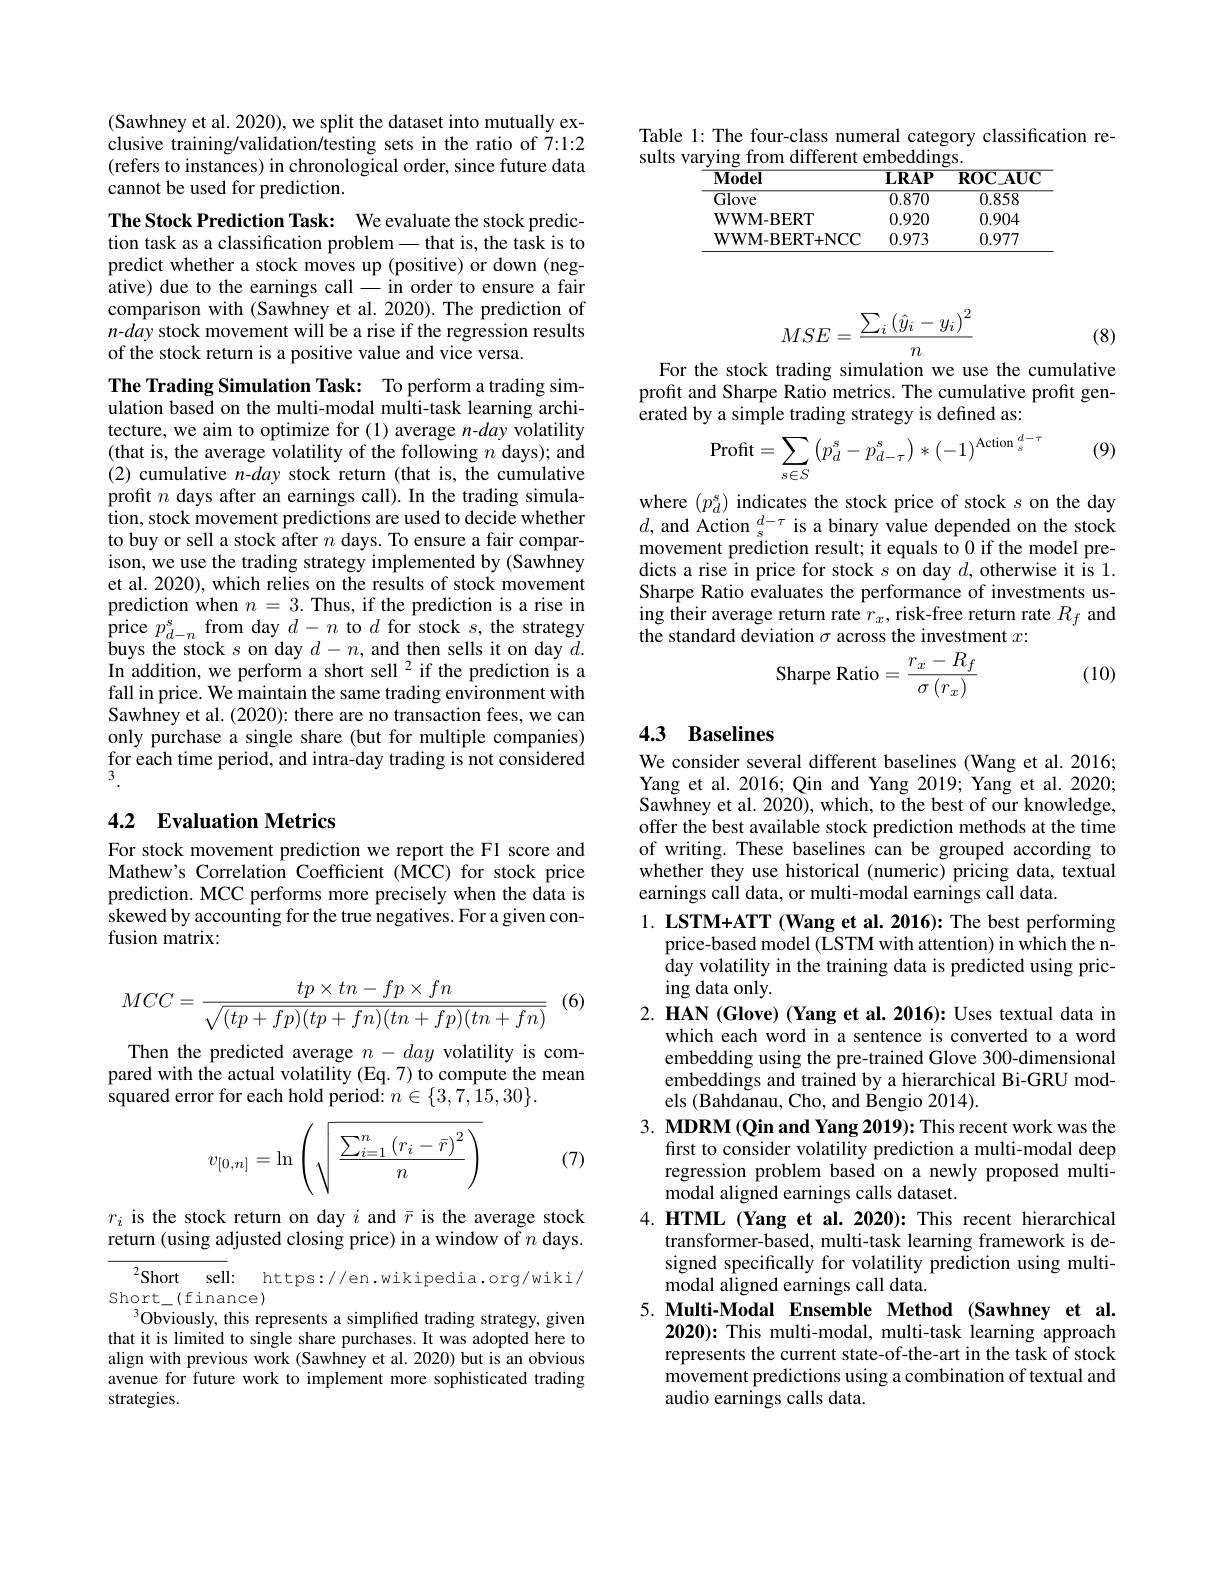
Table 1: The four-class numeral category classification re-
sults varying from different embeddings

<table>
	<tbody>
		<tr>
			<th>$\mathbf{Model}$</th>
			<th>$\mathbf{LRAP}$</th>
			<th>$\mathbf{ROC}_{\mathbf{AUC}}$</th>
		</tr>
		<tr>
			<td>$\overline{\mathrm{Glove}}$</td>
			<td>0.870</td>
			<td>0.858</td>
		</tr>
		<tr>
			<td>wwM-BERT</td>
			<td>0.920</td>
			<td>0.904</td>
		</tr>
		<tr>
			<td>$\mathbf{WWM-BERT+NCC}$</td>
			<td>0.973</td>
			<td>0.977</td>
		</tr>
	</tbody>
</table>

(Sawhney et al. 2020), we split the dataset into mutually exclusive training/validation/testing sets in the ratio of 7:1:2 (refers to instances) in chronological order, since future data cannot be used for prediction.

The Stock Prediction Task: We evaluate the stock prediction task as a classification problem\_that is, the task is to predict whether a stock moves up (positive) or down (negative) due to the earnings call-in order to ensure a fair comparison with (Sawhney et al. 2020). The prediction of $n-day$ stock movement will be a rise if the regression results of the stock return is a positive value and vice versa.

The Trading Simulation Task: To perform a trading simulation based on the multi-modal multi-task learning architecture, we aim to optimize for (1) average $n$-day volatility (that is, the average volatility of the following $n$ days); and (2) cumulative $n$-day stock return (that is, the cumulative profit $n$ days after an earnings call). In the trading simulation, stock movement predictions are used to decide whether to buy or sell a stock after $n$ days. To ensure a fair comparison, we use the trading strategy implemented by (Sawhney et al. 2020), which relies on the results of stock movement prediction when $n=3.$ Thus, if the prediction is a rise in ${\mathrm{price~}p_{d-n}^{s}}$from day $d-n$ to $d$ for stock $s$,the strategy buys the stock $s$ on day $d-n$, and then sells it on day $d.$ In addition, we perform a short sell $^2$ if the prediction is a fall in price. We maintain the same trading environment with Sawhney et al. (2020): there are no transaction fees, we can only purchase a single share (but for multiple companies) for each time period, and intra-day trading is not considered 3.

## 4.2 Evaluation Metrics

For stock movement prediction we report the F1 score and Mathew's Correlation Coefficient (MCC) for stock price prediction. MCC performs more precisely when the data is skewed by accounting for the true negatives. For a given confusion matrix:
$$MCC=\frac{tp\times tn-fp\times fn}{\sqrt{(tp+fp)(tp+fn)(tn+fp)(tn+fn)}}$$
(6)

Then the predicted average $n-day$ volatility is compared with the actual volatility (Eq.7) to compute the mean squared error for each hold period: $n\in\{3,7,\tilde{1}5,30\}.$
$$v_{[0,n]}=\ln\left(\sqrt{\frac{\sum_{i=1}^n\left(r_i-\bar{r}\right)^2}{n}}\right)$$
(7)

$r_i$ is the stock return on day $i$ and $\bar{r}$ is the average stock return (using adjusted closing price) in a window of $n$ days.

$^{2}$Short sell:

https://en.wikipedia.org/wiki/

Short\_(finance)
$^{3}$Obviously, this represents a simplified trading strategy, given that it is limited to single share purchases. It was adopted here to align with previous work (Sawhney et al. 2020) but is an obvious avenue for future work to implement more sophisticated trading strategies.
$$MSE=\frac{\sum_i\left(\hat{y}_i-y_i\right)^2}{n}$$
(8)

For the stock trading simulation we use the cumulative profit and Sharpe Ratio metrics. The cumulative profit generated by a simple trading strategy is defined as:

(9)
$$\text{Profit}=\sum\limits_{s\in S}\left(p_d^s-p_{d-\tau}^s\right)*(-1)^{\text{Action}\limits_s^{d-\tau}}$$
where $(p_d^s)$ indicates the stock price of stock $s$ on the day $d$, and Action $_s^{d-\tau}$ is a binary value depended on the stock movement prediction result; it equals to 0 if the model predicts a rise in price for stock $s$ on day $d$, otherwise it is 1. Sharpe Ratio evaluates the performance of investments using their average return rate $r_x$, risk-free return rate $R_f$ and the standard deviation $\sigma$ across the investment $x:$

(10)
$$\text{Sharpe Ratio}=\frac{r_x-R_f}{\sigma\left(r_x\right)}$$
# 4.3 Baselines

We consider several different baselines (Wang et al. 2016; Yang et al. 2016; Qin and Yang 2019; Yang et al. 2020; Sawhney et al. 2020), which, to the best of our knowledge, offer the best available stock prediction methods at the time of writing. These baselines can be grouped according to whether they use historical (numeric) pricing data, textual earnings cali data, or multi-modal earnings call data.

1. LSTM+ATT (Wang et al. 2016): The best performing
price-based model (LSTM with attention) in which the nday volatility in the training data is predicted using pricing data only.
2. HAN (Glove) (Yang et al. 2016): Uses textual data in
which each word in a sentence is converted to a word embedding using the pre-trained Glove 300-dimensional embeddings and trained by a hierarchical Bi-GRU models (Bahdanau, Cho, and Bengio 2014).
3. MDRM (Qin and Yang 2019): This recent work was the
first to consider volatility prediction a multi-modal deep regression problem based on a newly proposed multimodal aligned earnings calls dataset.
4. HTML (Yang et al.2020): This recent hierarchical
transformer-based, multi-task learning framework is designed specifically for volatility prediction using multi- $\tilde{\mathrm{modal~aligned~earnings~call~data.}}$
5.Multi-Modal Ensemble Method (Sawhney et al.
2020): This multi-modal, multi-task learning approach represents the current state-of-the-art in the task of stock movement predictions using a combination of textual and audio earnings calls data.